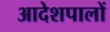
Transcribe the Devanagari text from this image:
आदेशपालों